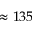
\approx 1 3 5